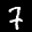
Label: 7